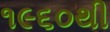
૧૯૬૦થી